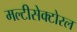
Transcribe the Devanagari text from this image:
मल्टीसेक्टोरल